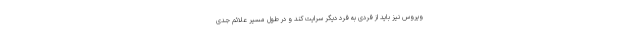
ویروس نیز باید از فردی به فرد دیگر سرایت کند و در طول مسیر علائم جدی